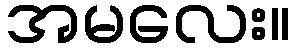
အမလေး။